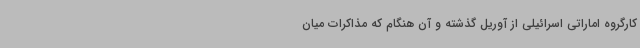
کارگروه اماراتی اسرائیلی از آوریل گذشته و آن هنگام که مذاکرات میان